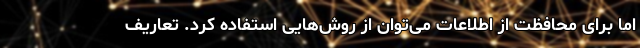
اما برای محافظت از اطلاعات می‌توان از روش‌هایی استفاده کرد. تعاریف